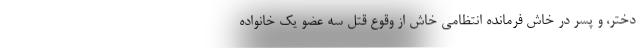
دختر، و پسر در خاش فرمانده انتظامی خاش از وقوع قتل سه عضو یک خانواده